Indian journal of veterinary science and animal husbandry - Volumes 26-27, 1956-1957
Year: 1956
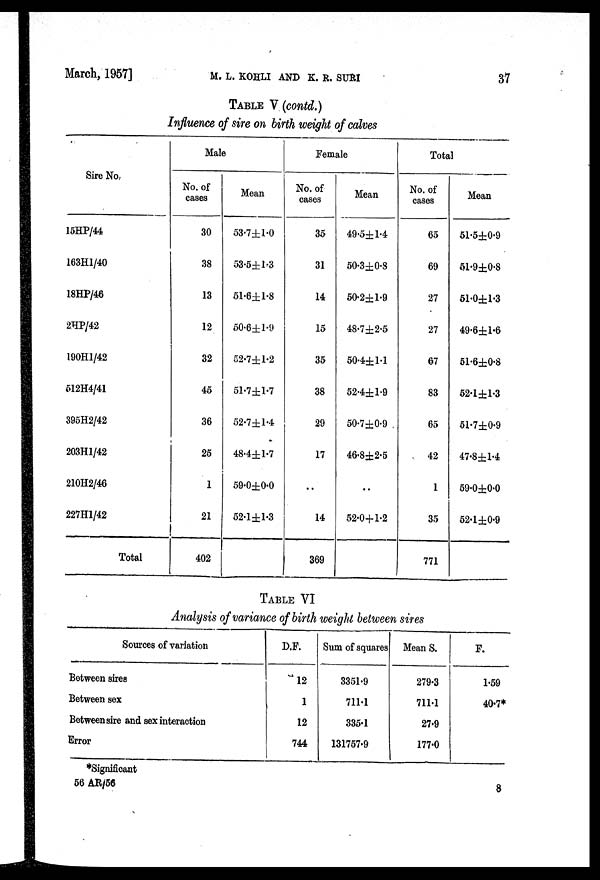
March, 1957]
M.
L.
LOHLI
AND
K.
B.
SURI
37
TABLE V (contd.)
Influence of sire on birth weight of calves
Sire No.
15HP/44
163H1/40
18HP/46
2.HP/42
190H1/42
512H4/41
395H2/42
203H1/42
210H2/46
227H1/42
Total
Male
No. of
cases
30
38
13
12
32
45
36
25
1
21
402
Mean
53.7±1.0
53.5±1.3
61.6±1.8
50.6±1.9
52.7±1.2
51.7±1.7
52.7±1.4
48.4±1.7
59.0±0.0
52.1±1.3
Female
No. of
cases
35
31
14
15
35
38
29
17
..
14
369
Mean
49.5±1.4
50.3±0.8
50.2±1.9
48.7±2.5
50.4±1.1
52.4±1.9
50.7±0.9
46.8±2.5
..
52.0±1.2
Total
No. of
cases
65
69
27
27
67
83
65
42
1
35
771
Mean
51.5±0.9
51.9±0.8
51.0±1.3
49.6±1.6
51.6±0.8
52.1±1.3
51.7±0.9
47.8±1.4
59.0±0.0
52.1 ±0.9
TABLE VI
Analysis of variance of birth weight between sires
Sources of variation
Between sires
Between sex
Between sire and sex interaction
Error
D.F.
12
1
12
744
Sum of squares
3351.9
711.1
335.1
131757.9
Mean S.
279.3
711.1
27.9
177.0
F.
1.59
40.7*
*Significant
56 AR/56
8